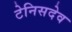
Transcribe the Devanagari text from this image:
टेनिसदेव